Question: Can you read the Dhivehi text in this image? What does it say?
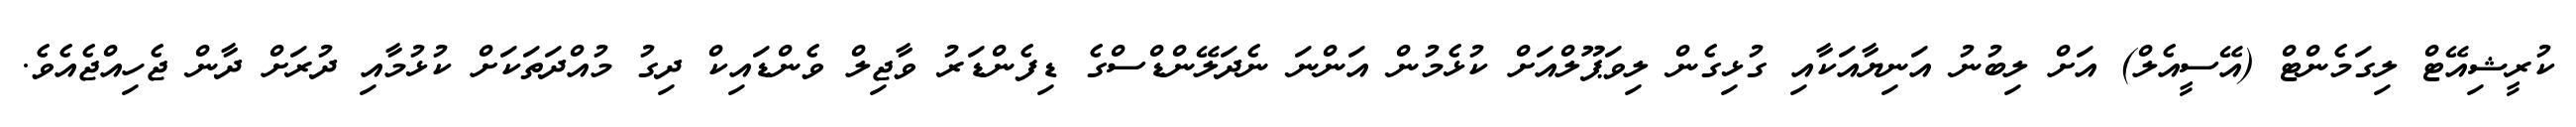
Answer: ކުރީޝިއޭޓް ލިގަމެންޓް (އޭސީއެލް) އަށް ލިބުނު އަނިޔާއަކާއި ގުޅިގެން ލިވަޕޫލްއަށް ކުޅެމުން އަންނަ ނެދަލޭންޑްސްގެ ޑިފެންޑަރު ވާޖިލް ވެންޑައިކް ދިގު މުއްދަތަކަށް ކުޅުމާއި ދުރަށް ދާން ޖެހިއްޖެއެވެ.